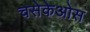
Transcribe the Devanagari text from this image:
चसेकेओस